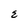
Character: E